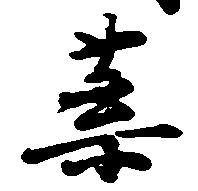
葉